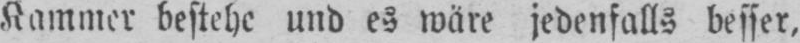
Kammer bestehe und es wäre jedenfalls besser,